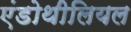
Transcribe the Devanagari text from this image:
एंडोथीलियल